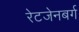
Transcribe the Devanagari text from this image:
रेटजेनबर्ग